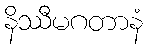
နိဿီမဂတာနံ